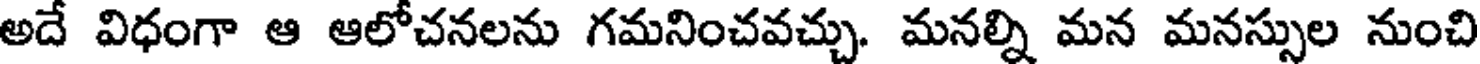
అదే విధంగా ఆ ఆలోచనలను గమనించవచ్చు. మనల్ని మన మనస్సుల నుంచి